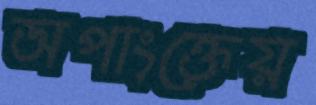
অপাংক্তেয়